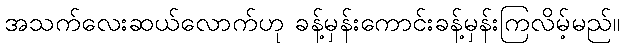
အသက်လေးဆယ်လောက်ဟု ခန့်မှန်းကောင်းခန့်မှန်းကြလိမ့်မည်။